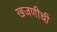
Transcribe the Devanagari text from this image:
खजणीची